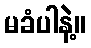
မခံပါနဲ့။